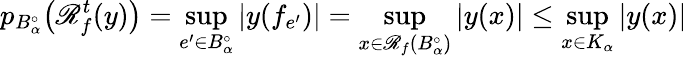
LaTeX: p_{B_{\alpha}^{\circ}}\bigl(\mathscr{R}_{f}^{t}(y)\bigr)=\operatorname*{sup}_{e^{\prime}\in B_{\alpha}^{\circ}}|y(f_{e^{\prime}})|=\operatorname*{sup}_{x\in\mathscr{R}_{f}(B_{\alpha}^{\circ})}|y(x)|\leq\operatorname*{sup}_{x\in K_{\alpha}}|y(x)|